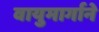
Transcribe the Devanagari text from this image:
वायुमार्गाने